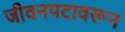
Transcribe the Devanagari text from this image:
जीवनपटावरून